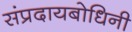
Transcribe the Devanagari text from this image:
संप्रदायबोधिनी